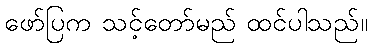
ဖော်ပြက သင့်တော်မည် ထင်ပါသည်။